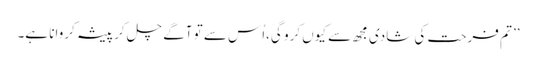
’’ تم فرحت کی شادی مجھ سے کیوں کرو گی،اُس سے تو آگے چل کر پیشہ کروانا ہے۔